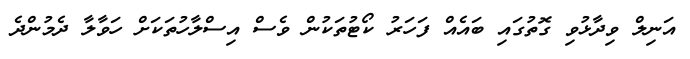
އަނިލް ވިދާޅުވި ގޮތުގައި ބައެއް ފަހަރު ކޯޓުތަކުން ވެސް އިސްލާހުތަކަށް ހަވާލާ ދެމުންދެ